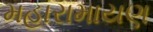
મહારામાયણ